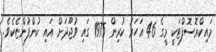
މައިކްރޮސޮފްޓަކީ މީގެ 46 އަހަރު ކުރިން 1975 ގައި ވުޖޫދަށް އައި ކުންފުންޏެކެވެ.